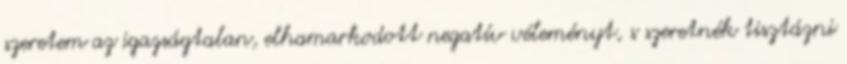
szeretem az igazságtalan, elhamarkodott negatív véleményt, s szeretnék tisztázni